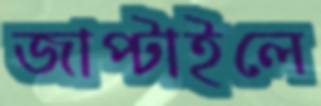
জাপ্‌টাইলে